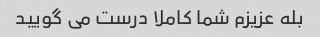
بله عزیزم شما کاملا درست می گویید